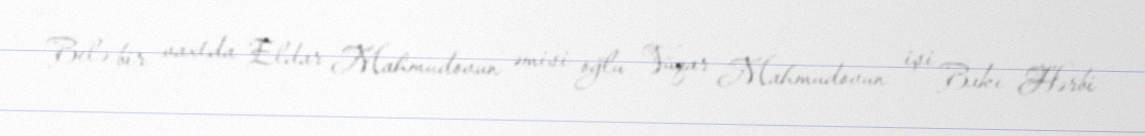
Belə bir vaxtda Eldar Mahmudovun əmisi oğlu Vüqar Mahmudovun işi Bakı Hərbi